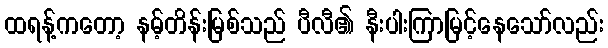
ထရန့်ကတော့ နမ့်တိန်းမြစ်သည် ပီလီ၏ နီးပါးကြာမြင့်နေသော်လည်း